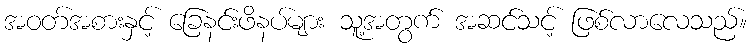
အဝတ်အစားနှင့် ခြေနင်းဖိနပ်များ သူ့အတွက် အဆင်သင့် ဖြစ်လာလေသည်။